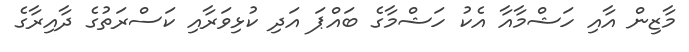
މާޒިން އާއި ހަޝްމާއާ އެކު ހަޝްމާގެ ބައްޕަ އަދި ކުޅިވަރާއި ކަސްރަތުގެ ދާއިރާގެ